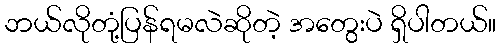
ဘယ်လိုတုံ့ပြန်ရမလဲဆိုတဲ့ အတွေးပဲ ရှိပါတယ်။